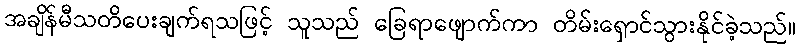
အချိန်မီသတိပေးချက်ရသဖြင့် သူသည် ခြေရာဖျောက်ကာ တိမ်းရှောင်သွားနိုင်ခဲ့သည်။